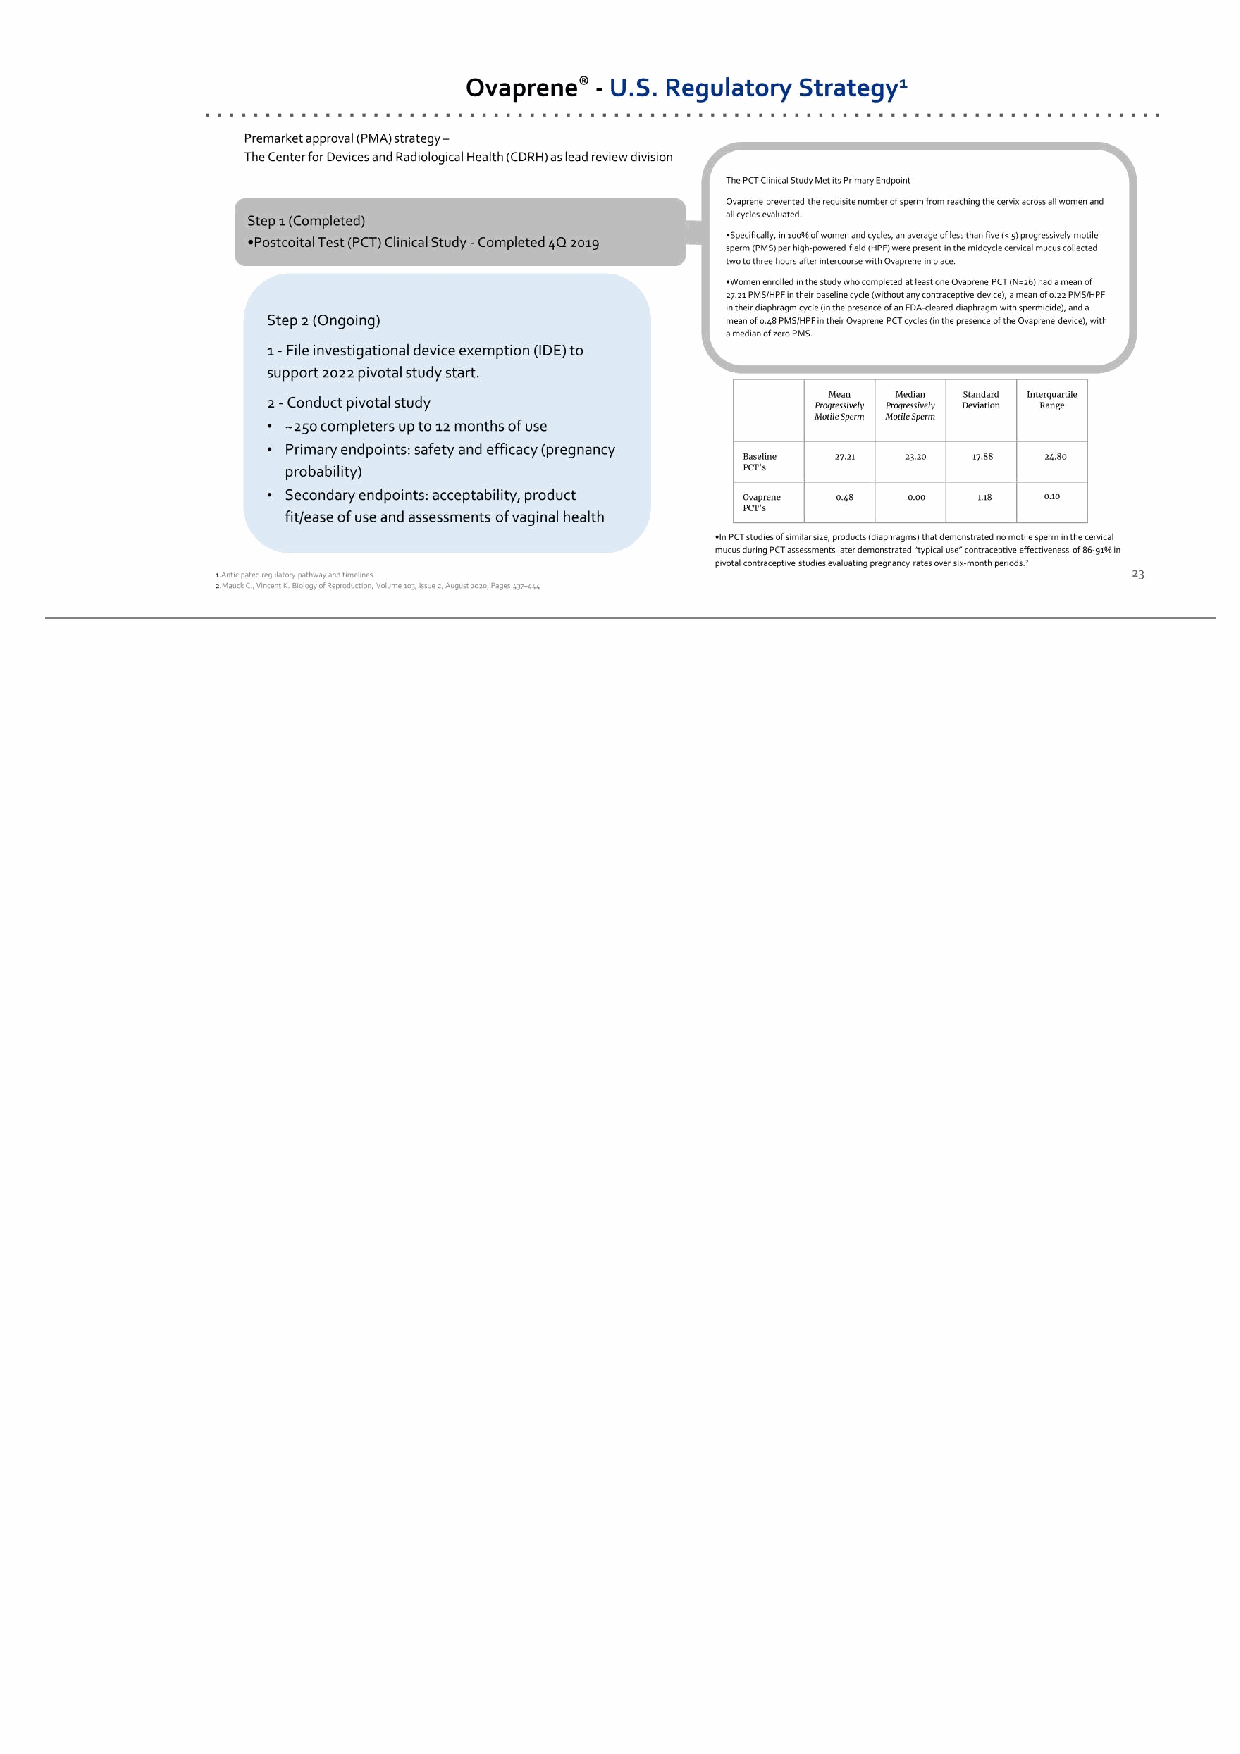
23 Ovaprene® - U.S. Regulatory Strategy1 Step 1 (Completed) •Postcoital Test (PCT) Clinical Study - Completed 4Q 2019 Step 2 (Ongoing) 1 - File investigational device exemption (IDE) to support 2022 pivotal study start. 2 - Conduct pivotal study • ~250 completers up to 12 months of use • Primary endpoints: safety and efficacy (pregnancy probability) • Secondary endpoints: acceptability, product fit/ease of use and assessments of vaginal health The PCT Clinical Study Met its Primary Endpoint Ovaprene prevented the requisite number of sperm from reaching the cervix across all women and all cycles evaluated. •Specifically, in 100% of women and cycles, an average of less than five (< 5) progressively motile sperm (PMS) per high-powered field (HPF) were present in the midcycle cervical mucus collected two to three hours after intercourse with Ovaprene in place. •Women enrolled in the study who completed at least one Ovaprene PCT (N=26) had a mean of 27.21 PMS/HPF in their baseline cycle (without any contraceptive device), a mean of 0.22 PMS/HPF in their diaphragm cycle (in the presence of an FDA-cleared diaphragm with spermicide), and a mean of 0.48 PMS/HPF in their Ovaprene PCT cycles (in the presence of the Ovaprene device), with a median of zero PMS. Mean Progressively Motile Sperm Median Progressively Motile Sperm Standard Deviation Interquartile Range Baseline PCT’s 27.21 23.20 17.88 24.80 Ovaprene PCT’s 0.48 0.00 1.18 0.10 •In PCT studies of similar size, products (diaphragms) that demonstrated no motile sperm in the cervical mucus during PCT assessments later demonstrated “typical use” contraceptive effectiveness of 86-91% in pivotal contraceptive studies evaluating pregnancy rates over six-month periods.2 1.Anticipated regulatory pathway and timelines. 2.Mauck C., Vincent K. Biology of Reproduction, Volume 103, Issue 2, August 2020, Pages 437–444 Premarket approval (PMA) strategy – The Center for Devices and Radiological Health (CDRH) as lead review division